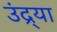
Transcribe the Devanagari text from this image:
उंद्र्या